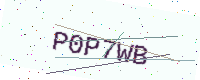
Text: P0P7WB